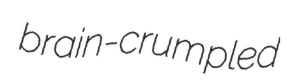
brain-crumpled